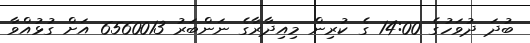
ބުދަ ދުވަހުގެ 14:00 ގެ ކުރިން މިއިދާރާގެ ނަންބަރު 6560013 އަށް ގުޅުއްވާ